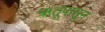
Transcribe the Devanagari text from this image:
ऋतूपासून